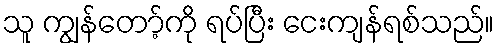
သူ ကျွန်တော့်ကို ရပ်ပြီး ငေးကျန်ရစ်သည်။